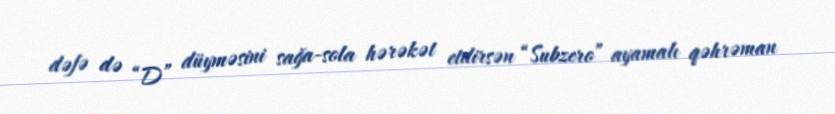
dəfə də “D” düyməsini sağa-sola hərəkət etdirsən “Subzero” ayamalı qəhrəman